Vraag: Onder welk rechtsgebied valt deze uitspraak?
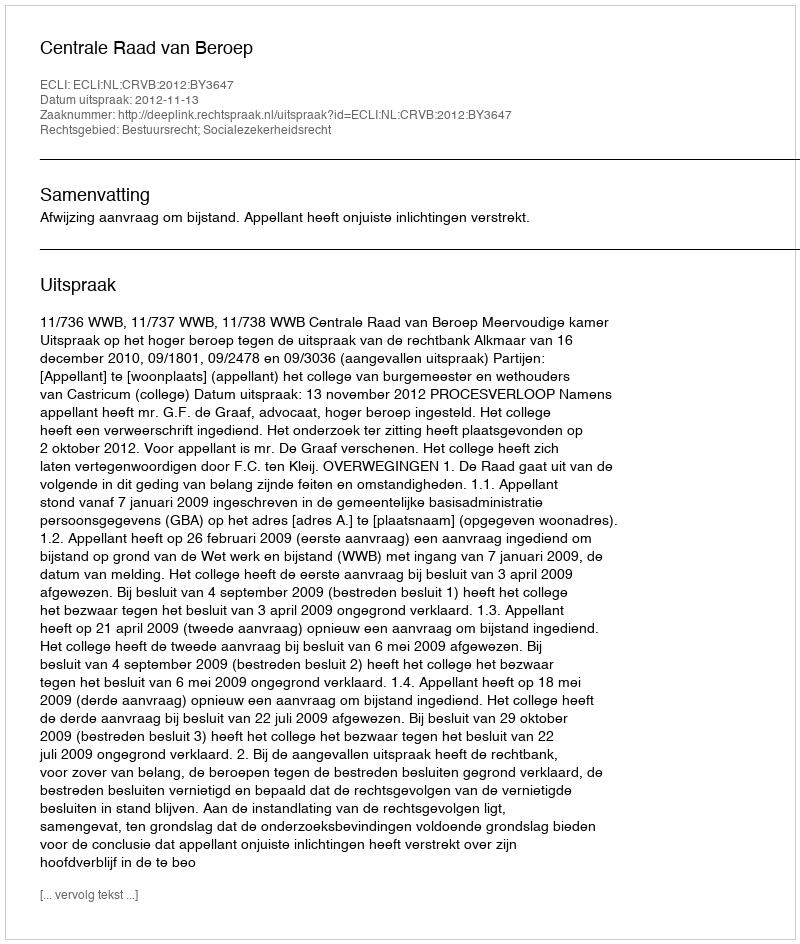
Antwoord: Bestuursrecht; Socialezekerheidsrecht